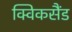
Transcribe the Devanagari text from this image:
क्विकसैंड